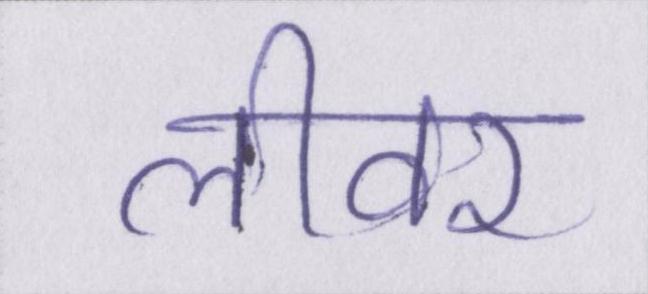
लीवर